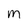
Character: M